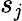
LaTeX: s_{\mathit{j}}